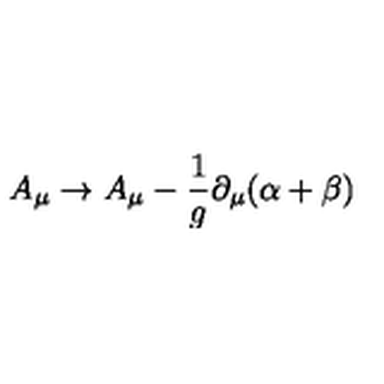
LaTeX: A _ { \mu } \to A _ { \mu } - \frac { 1 } { g } \partial _ { \mu } ( \alpha + \beta )